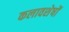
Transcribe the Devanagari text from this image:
कलावशेषों